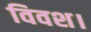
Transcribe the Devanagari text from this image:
विवश।